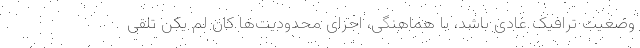
وضعیت ترافیک عادی باشد، با هماهنگی، اجرای محدودیت‌ها کان لم یکن تلقی